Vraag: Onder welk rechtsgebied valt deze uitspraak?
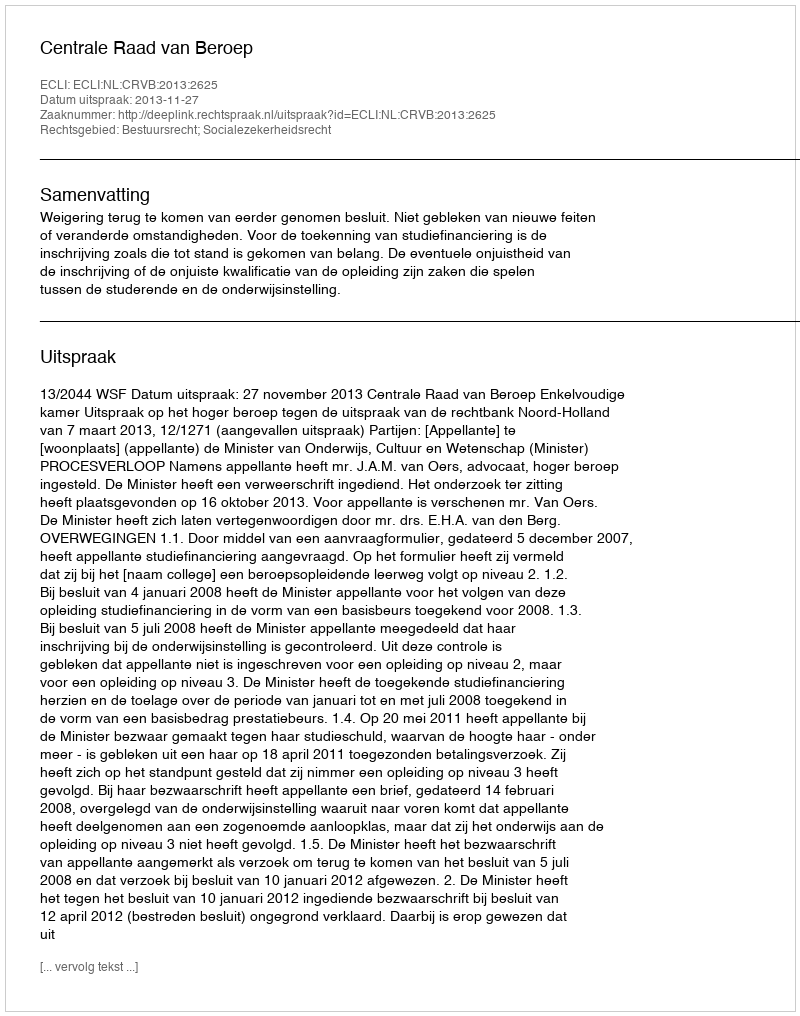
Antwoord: Bestuursrecht; Socialezekerheidsrecht